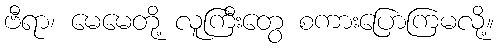
ဗီရာ၊ မေမေတို့ လူကြီးတွေ စကားပြောကြမလို့။